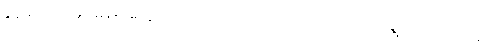
ခွန်မ ဒေသမှာ မိန်းမတွေရော၊ ကလေးတွေရော အပါအဝင် တစ်ရွာလုံး ကျုပ်တို့ကို